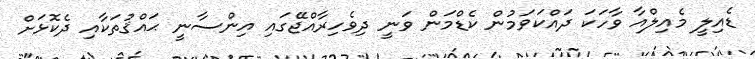
ޑެއިލީ މެއިލްއާ ވާހަކަ ދައްކަވަމުން ކެޑްމަން ވަނީ ދިވެހިރާއްޖޭގައި އިންސާނީ ޙައްޤުތަކާއި ދެކޮޅަށް